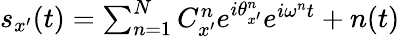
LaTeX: \begin{array}{r}{s_{x^{\prime}}(t)=\sum_{n=1}^{N}C_{x^{\prime}}^{n}e^{i\theta_{x^{\prime}}^{n}}e^{i\omega^{n}t}+n(t)}\end{array}